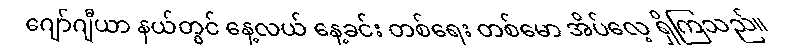
ဂျော်ဂျီယာ နယ်တွင် နေ့လယ် နေ့ခင်း တစ်ရေး တစ်မော အိပ်လေ့ ရှိကြသည်။